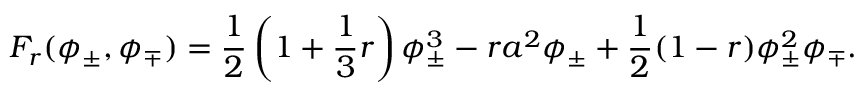
F _ { r } ( \phi _ { \pm } , \phi _ { \mp } ) = \frac { 1 } { 2 } \left( 1 + \frac { 1 } { 3 } r \right) \phi _ { \pm } ^ { 3 } - r a ^ { 2 } \phi _ { \pm } + \frac { 1 } { 2 } ( 1 - r ) \phi _ { \pm } ^ { 2 } \phi _ { \mp } .